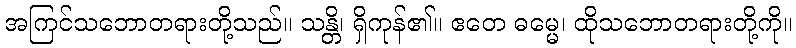
အကြင်သဘောတရားတို့သည်။ သန္တိ၊ ရှိကုန်၏။ ဧတေ ဓမ္မေ၊ ထိုသဘောတရားတို့ကို။